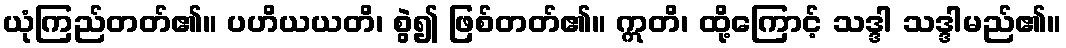
ယုံကြည်တတ်၏။ ပဟိယယတိ၊ စွဲ၍ ဖြစ်တတ်၏။ ဣတိ၊ ထို့ကြောင့် သဒ္ဒါ သဒ္ဒါမည်၏။